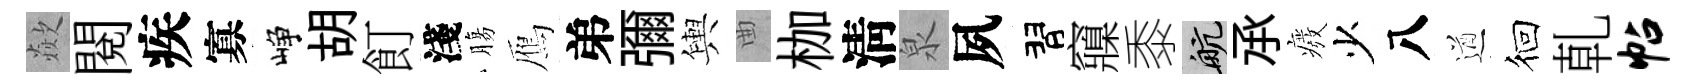
歘閲疾寡峥胡飣淺膓鴈弟彌輿曲枷淸泉夙習䆿黍航𠄘癈少八遒徊乹帖